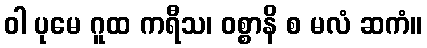
ဝါ ပုမေ ဂူထ ကရီသ၊ ဝစ္စာနိ စ မလံ ဆကံ။